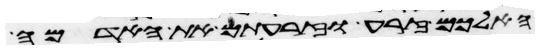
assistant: הא לכם זרע וזרעתם את האדמה